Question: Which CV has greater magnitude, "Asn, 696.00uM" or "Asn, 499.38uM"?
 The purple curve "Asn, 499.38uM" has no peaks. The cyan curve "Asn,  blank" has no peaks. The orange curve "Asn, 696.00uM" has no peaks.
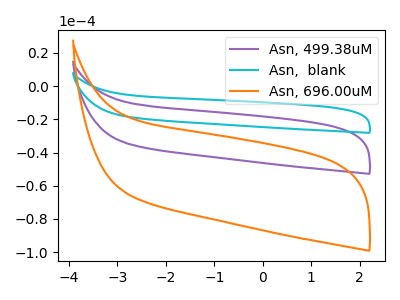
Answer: <think>Neither "Asn, 696.00uM" or "Asn, 499.38uM" have any peaks.
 </think>
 <answer>I cant tell if "Asn, 696.00uM" or "Asn, 499.38uM" has more signal.</answer>
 <eval>mixed_signal</eval>